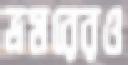
ভ্রমরেরও